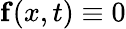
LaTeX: \mathbf{f}(x,t)\equiv 0